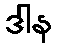
ဒါန